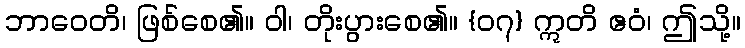
ဘာဝေတိ၊ ဖြစ်စေ၏။ ဝါ၊ တိုးပွားစေ၏။ {၀၇} ဣတိ ဧဝံ၊ ဤသို့။